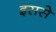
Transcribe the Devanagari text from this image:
इससेे